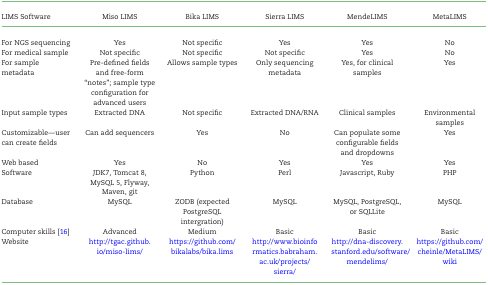
| LIMS Software | Miso LIMS | Bika LIMS | Sierra LIMS | MendeLIMS | MetaLIMS |
 | --- | --- | --- | --- | --- | --- |
 | For NGS sequencing | Yes | Not specific | Yes | Yes | No |
 | For medical sample | Not specific | Not specific | Not specific | Yes | No |
 | For sample metadata | Pre-defined fields and free-form “notes”; sample type configuration for advanced users | Allows sample types | Only sequencing metadata | Yes, for clinical samples | Yes |
 | Input sample types | Extracted DNA | Not specific | Extracted DNA/RNA | Clinical samples | Environmental samples |
 | Customizable—user can create fields | Can add sequencers | Yes | No | Can populate some configurable fields and dropdowns | Yes |
 | Web based | Yes | No | Yes | Yes | Yes |
 | Software | JDK7, Tomcat 8, MySQL 5, Flyway, Maven, git | Python | Perl | Javascript, Ruby | PHP |
 | Database | MySQL | ZODB (expected PostgreSQL intergration) | MySQL | MySQL, PostgreSQL, or SQLLite | MySQL |
 | Computer skills [16] | Advanced | Medium | Basic | Basic | Basic |
 | Website | http://tgac.github.io/miso-lims/ | https://github.com/bikalabs/bika.lims | http://www.bioinformatics.babraham.ac.uk/projects/sierra/ | http://dna-discovery.stanford.edu/software/mendelims/ | https://github.com/cheinle/MetaLIMS/wiki |